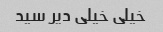
خیلی خیلی دیر سید